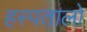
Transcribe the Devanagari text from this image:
हस्पतालो